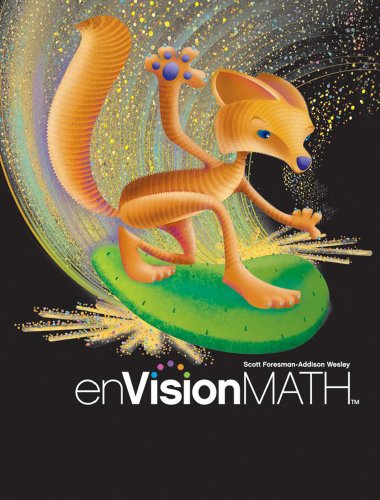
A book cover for enVision Math, Grade 6; Scott Foresman; Science & Math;